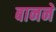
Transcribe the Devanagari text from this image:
बानने